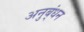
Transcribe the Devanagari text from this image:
अनुब्ंधन